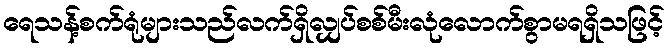
ရေသန့်စက်ရုံများသည်လက်ရှိလျှပ်စစ်မီးလုံလောက်စွာမရရှိသဖြင့်